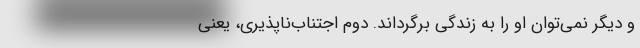
و دیگر نمی‌توان او را به زندگی برگرداند. دوم اجتناب‌ناپذیری، یعنی